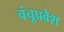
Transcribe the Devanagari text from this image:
चंचूप्रवेश